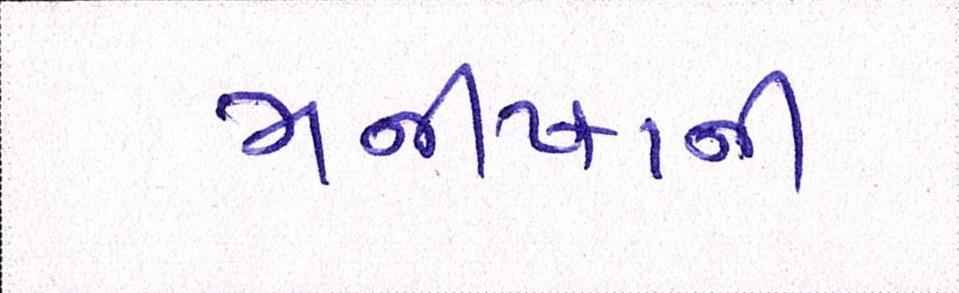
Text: મનીષાની